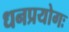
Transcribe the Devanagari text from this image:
धनप्रयोगः